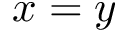
x = y